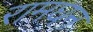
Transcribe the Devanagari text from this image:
रामघन